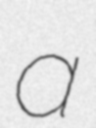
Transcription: a